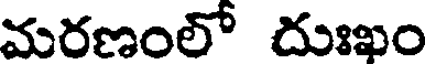
మరణంలో దుఃఖం